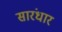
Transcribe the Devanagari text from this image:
सारंधार